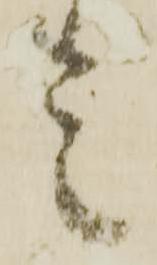
是